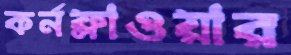
কর্নফ্লাওয়ার